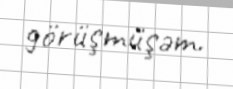
görüşmüşəm.